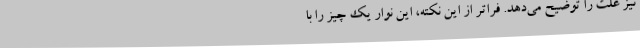
نیز علت را توضیح می‌دهد. فراتر از این نکته، این نوار یک چیز را با